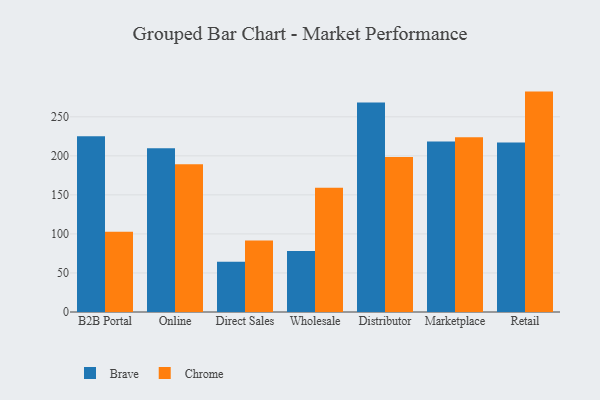
{"axis": {"x": "Channel", "y": "Budget (USD K)"}, "legend": ["Brave", "Chrome"], "data": [{"x": "B2B Portal", "y": 225.1, "type": "Brave"}, {"x": "B2B Portal", "y": 102.7, "type": "Chrome"}, {"x": "Online", "y": 209.8, "type": "Brave"}, {"x": "Online", "y": 189.2, "type": "Chrome"}, {"x": "Direct Sales", "y": 64.3, "type": "Brave"}, {"x": "Direct Sales", "y": 91.6, "type": "Chrome"}, {"x": "Wholesale", "y": 78.1, "type": "Brave"}, {"x": "Wholesale", "y": 159.1, "type": "Chrome"}, {"x": "Distributor", "y": 268.4, "type": "Brave"}, {"x": "Distributor", "y": 198.6, "type": "Chrome"}, {"x": "Marketplace", "y": 218.4, "type": "Brave"}, {"x": "Marketplace", "y": 223.9, "type": "Chrome"}, {"x": "Retail", "y": 217.2, "type": "Brave"}, {"x": "Retail", "y": 282.3, "type": "Chrome"}]}